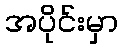
အပိုင်းမှာ